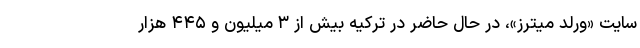
سایت «ورلد میترز»، در حال حاضر در ترکیه بیش از ۳ میلیون و ۴۴۵ هزار